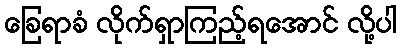
ခြေရာခံ လိုက်ရှာကြည့်ရအောင် လို့ပါ